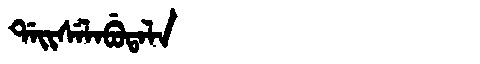
Manchu: ᡩᠠᡳᠰᡝᠯᠠᠪᡠᡨᠠᠯᠠ
Romanization: DAISELABUTALA